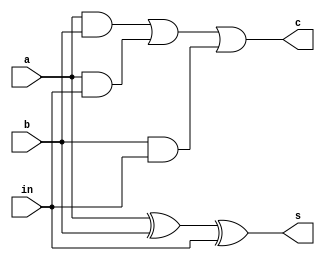
`timescale 1ns / 1ps
//////////////////////////////////////////////////////////////////////////////////
//19CS10071 (Anurat Bhattacharya)  19CS10060 (Sunanda Mandal): 
// 
// Design Name: 
// Module Name:    fullAdder 
// Project Name: 
// Target Devices: 
// Tool versions: 
// Description: Full Adder
//
// Dependencies: 
//
// Revision: 
// Revision 0.01 - File Created
// Additional Comments: 
//
//////////////////////////////////////////////////////////////////////////////////
module fullAdder(a,b,in,s,c);
	//Inputs and outputs
    input a;
    input b;
	 input in;
    output s;
    output c;
	 wire w1,w2,w3,w4;
    xor G1(w4,a,b);//a^b
	 xor G6(s,w4,in);//a^b^in that is the sum
	 and G2(w1,a,b);//a&b
	 and G3(w2,a,in);//a&in
	 and G4(w3,b,in);//b&in
	 or G5(c,w1,w2,w3);//c = a.b+b.in+a.in


endmodule